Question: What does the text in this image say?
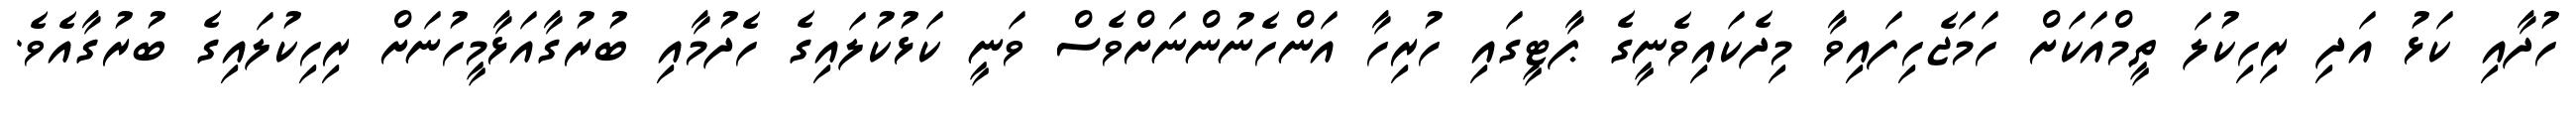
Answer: ހުދާއި ކަޅު އަދި ރިހިކުލަ ތީމްއަކަށް ހަމަޖެހިފައިވާ މިދެކައިވެނީގެ ޕާޓީގައި ހުރިހާ އަންހެނުންނަށްވެސް ވަނީ ކަޅުކުލައިގެ ހެދުމާއި ބުރުގާއަޅާމީހުނަށް ރިހިކުލައިގެ ބުރުގާއެވެ.